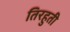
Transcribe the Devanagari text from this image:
तिरहुती